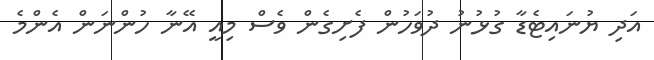
އަދި ޔުނައިޓެޑާ ގުޅުނު ދުވަހުން ފެށިގެން ވެސް މިއީ އޭނާ ހުންނަން އެންމެ